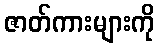
ဇာတ်ကားများကို